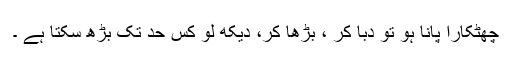
چھٹکارا پانا ہو تو دبا کر ، بڑھا کر، دیکھ لو کس حد تک بڑھ سکتا ہے ۔